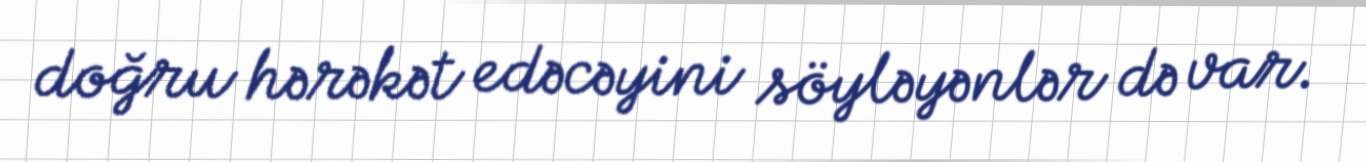
doğru hərəkət edəcəyini söyləyənlər də var.